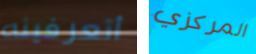
أتعرفينه المركزي